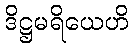
ဒိဋ္ဌမရိယေဟိ